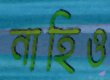
নাহিও